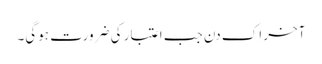
آخر اِک دن جب اعتبار کی ضرورت ہوگی۔